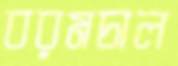
বরমচাল